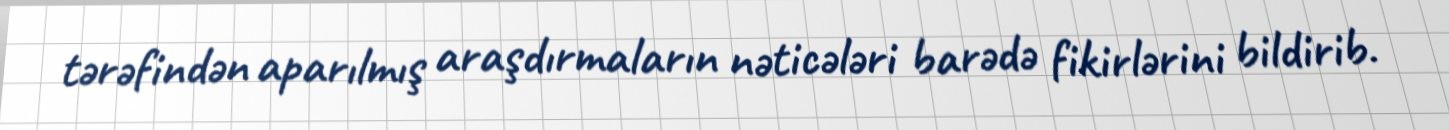
tərəfindən aparılmış araşdırmaların nəticələri barədə fikirlərini bildirib.